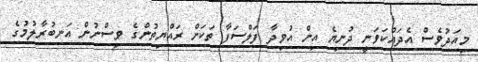
މިއަދުވެސް އެދައްކަވަނީ ދުނިޔެ އިން އުވިދާ ފަލްސަފާ ތަކަށް ރައްޔިތުންގެ ވިސްނުން އަނބުރާލުމުގެ